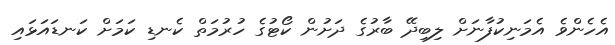
އެހެންވެ އެމަނިކުފާނަށް ލިބިދޭ ބާރުގެ ދަށުން ކޯޓުގެ ހުރުމަތް ކެނޑި ކަމަށް ކަނޑައަޅައި